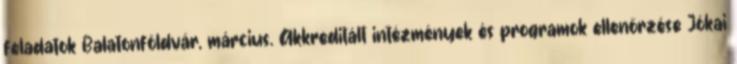
feladatok Balatonföldvár, március. Akkreditált intézmények és programok ellenőrzése Jókai